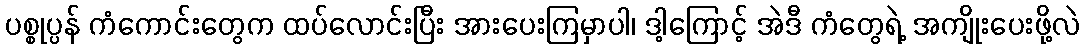
ပစ္စုပ္ပန် ကံကောင်းတွေက ထပ်လောင်းပြီး အားပေးကြမှာပါ၊ ဒါ့ကြောင့် အဲဒီ ကံတွေရဲ့ အကျိုးပေးဖို့လဲ